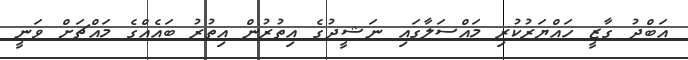
އަބްދު ގާޒީ ހައްޔަރުކުރި މައްސަލާގައި ނަޝީދުގެ އިތުރުން އިތުރު ބައެއްގެ މައްޗަށް ވަނީ